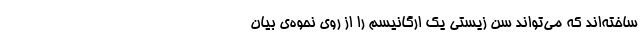
ساخته‌اند که می‌تواند سن زیستی یک ارگانیسم را از روی نحوه‌ی بیان